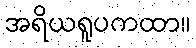
အရိယရူပကထာ။